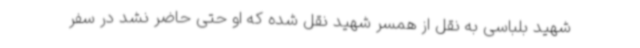
شهید بلباسی به‌ نقل‌ از همسر شهید نقل شده که او حتی حاضر نشد در سفر